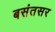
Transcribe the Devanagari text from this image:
बसंतसर